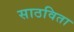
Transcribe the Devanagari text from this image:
साठविता